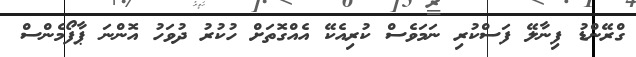
ގްރޭންޑު ފިނާލޭ ފަސްކުރި ނަމަވެސް ކުރިއެކޭ އެއްގޮތަށް ހުކުރު ދުވަހު އޮންނަ ޕާފޯމެންސް